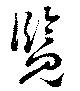
覧